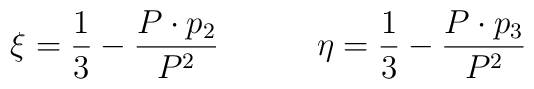
\xi = {1\over3} - {P \cdot p_2  \over P^2}      \qquad   \quad \eta = {1\over3} - {P \cdot p_3  \over P^2}